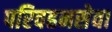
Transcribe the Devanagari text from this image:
परिवहनसेवा